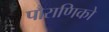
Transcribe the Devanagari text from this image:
पौराणिको